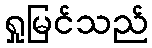
ရှုမြင်သည်